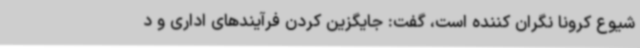
شیوع کرونا نگران کننده است، گفت: جایگزین کردن فرآیندهای اداری و د